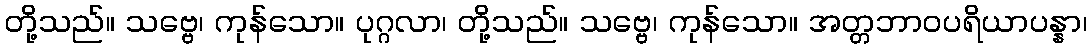
တို့သည်။ သဗ္ဗေ၊ ကုန်သော။ ပုဂ္ဂလာ၊ တို့သည်။ သဗ္ဗေ၊ ကုန်သော။ အတ္တဘာဝပရိယာပန္နာ၊